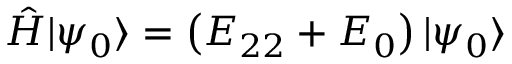
\hat { H } | \psi _ { 0 } \rangle = \left( E _ { 2 2 } + E _ { 0 } \right) | \psi _ { 0 } \rangle